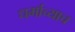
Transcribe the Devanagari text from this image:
धर्माच्याच